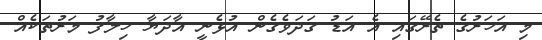
މި އަހަރުގެ ތެރޭގައި އެ އަޑު ގަދަވެގެން އުޅެނީ އާދަޔާ ހިލާފު މަރުތަކެއް